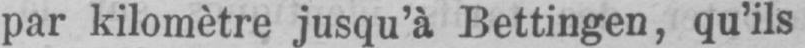
par kilomètre jusqu’à Bettingen, qu’ils